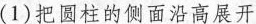
(1)把圆柱的侧面沿高展开